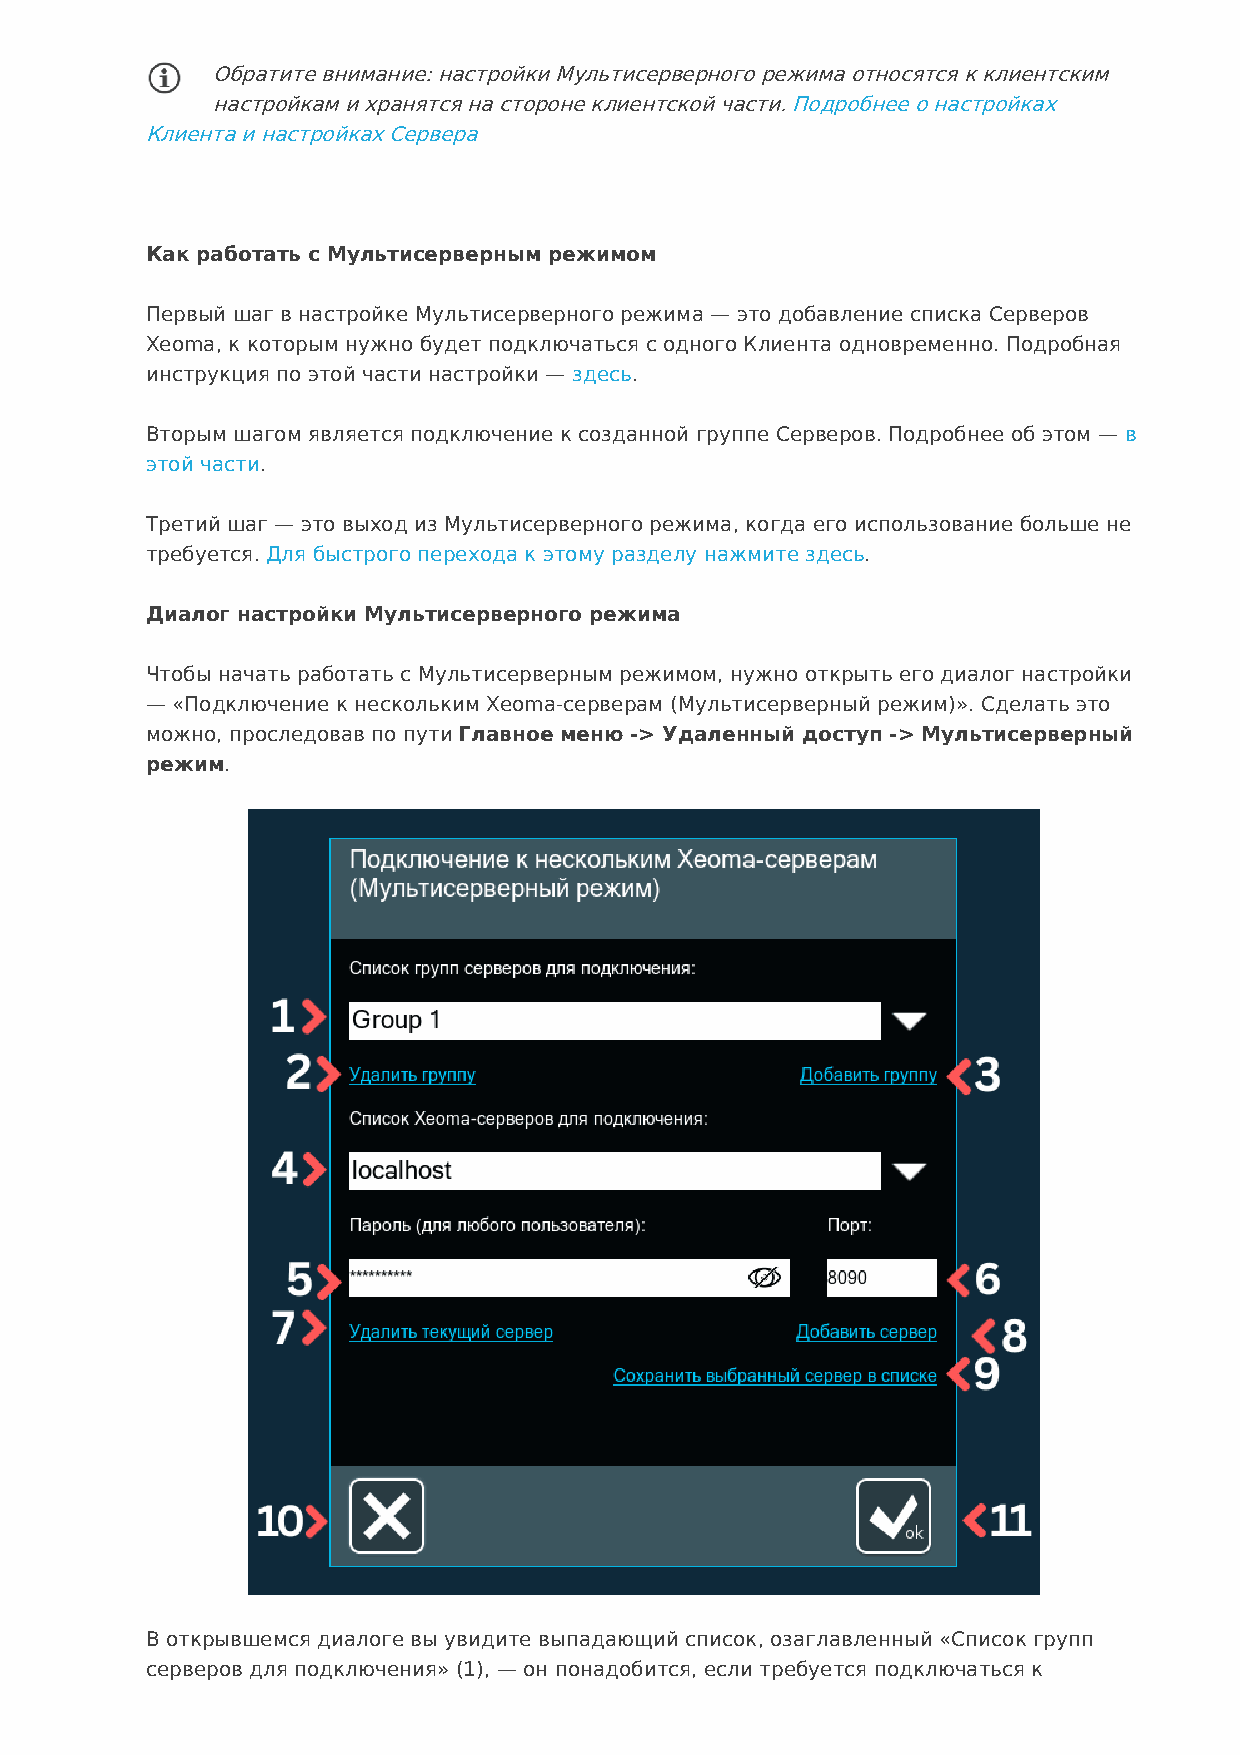
Обратите внимание: настройки Мультисерверного режима относятся к клиентским
 настройкам и хранятся на стороне клиентской части. Подробнее о настройках
 Клиента и настройках Сервера
 Как работать с Мультисерверным режимом
 Первый шаг в настройке Мультисерверного режима — это добавление списка Серверов
 Xeoma, к которым нужно будет подключаться с одного Клиента одновременно. Подробная
 инструкция по этой части настройки — здесь.
 Вторым шагом является подключение к созданной группе Серверов. Подробнее об этом — в
 этой части.
 Третий шаг — это выход из Мультисерверного режима, когда его использование больше не
 требуется. Для быстрого перехода к этому разделу нажмите здесь.
 Диалог настройки Мультисерверного режима
 Чтобы начать работать с Мультисерверным режимом, нужно открыть его диалог настройки
 — «Подключение к нескольким Xeoma-серверам (Мультисерверный режим)». Сделать это
 можно, проследовав по пути Главное меню -> Удаленный доступ -> Мультисерверный
 режим.
 В открывшемся диалоге вы увидите выпадающий список, озаглавленный «Список групп
 серверов для подключения» (1), — он понадобится, если требуется подключаться к